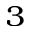
_ { 3 }